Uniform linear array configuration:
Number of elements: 12
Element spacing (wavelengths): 0.75
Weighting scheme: cosine
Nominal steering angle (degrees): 0
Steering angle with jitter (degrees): -0.3141
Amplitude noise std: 0.05
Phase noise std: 0.05

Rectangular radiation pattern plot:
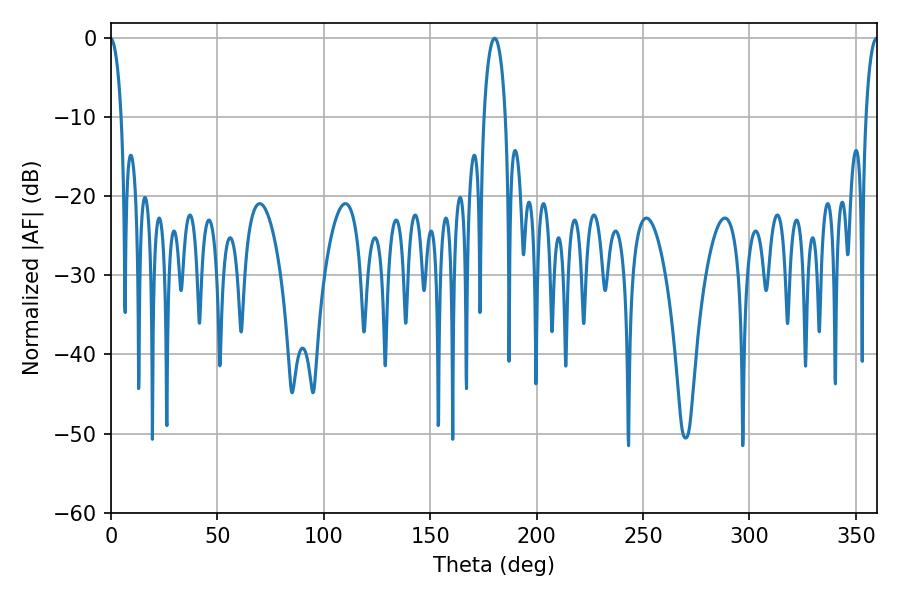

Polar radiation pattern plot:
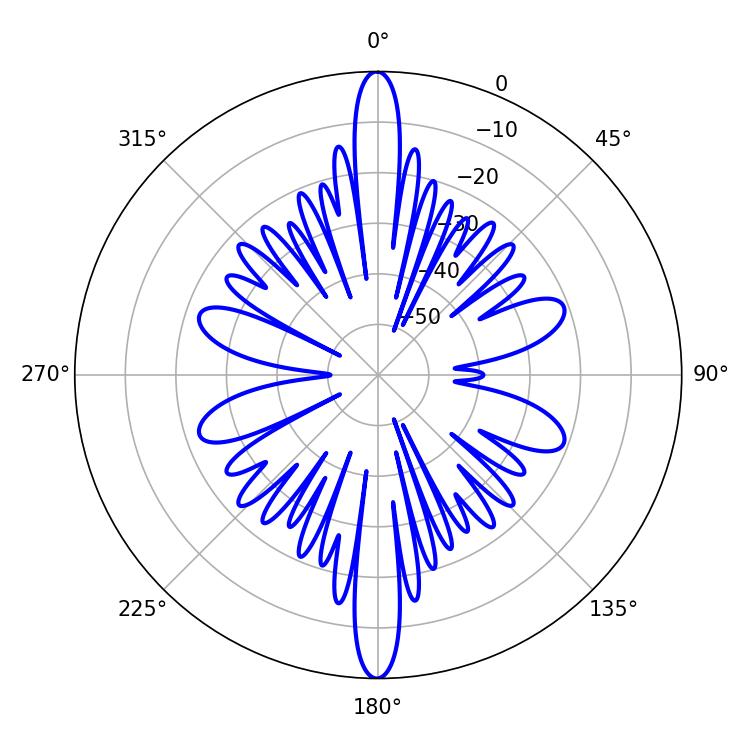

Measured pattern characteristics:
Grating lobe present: TRUE
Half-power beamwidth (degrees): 5.76
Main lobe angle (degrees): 180.18